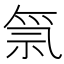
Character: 𱵊